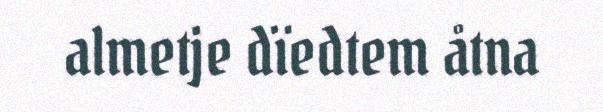
almetje dïedtem åtna